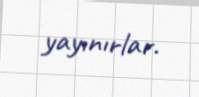
yayınırlar.